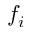
f _ { i }